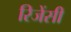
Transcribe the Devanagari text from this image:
रिजेंसी